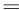
=